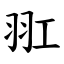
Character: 羾